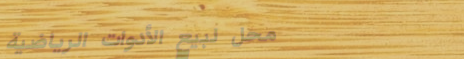
محل لبيع الأدوات الرياضية